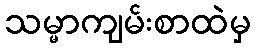
သမ္မာကျမ်းစာထဲမှ